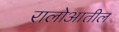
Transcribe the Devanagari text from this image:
रालोआतील